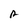
Character: A